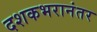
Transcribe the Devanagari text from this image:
दशकभरानंतर